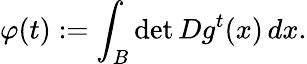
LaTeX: \varphi(t):=\int_{B}\operatorname*{det}Dg^{t}(x)\, dx.